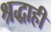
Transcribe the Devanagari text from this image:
श्रद्धाही